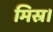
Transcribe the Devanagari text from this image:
मिस्र।